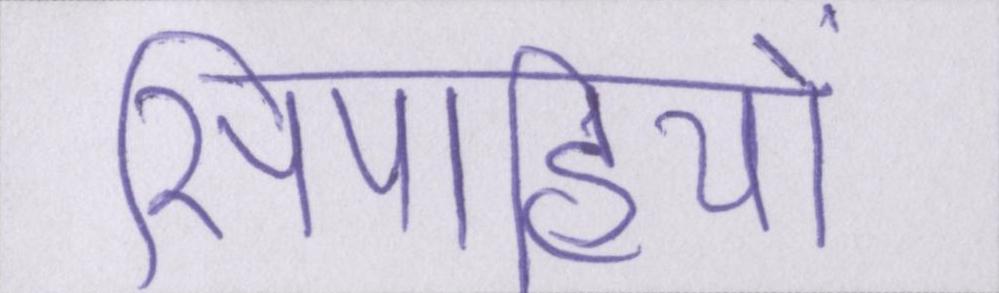
सिपाहियों